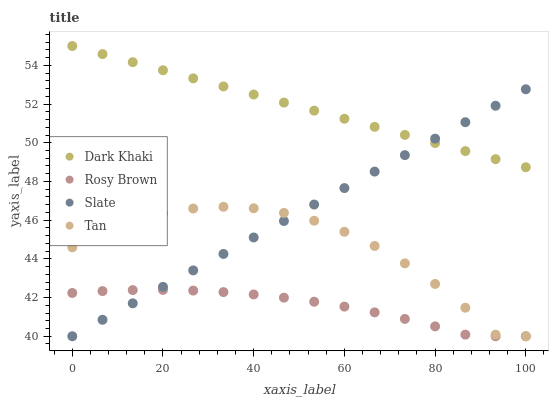
| xaxis_label | Dark Khaki | Rosy Brown | Slate | Tan |
 | --- | --- | --- | --- | --- |
 | 0 | 55 | 42.2 | 40 | 44.6 |
 | 6.67 | 54.6 | 42.3 | 40.9 | 45.3 |
 | 13.3 | 54.2 | 42.4 | 41.7 | 45.9 |
 | 20 | 53.7 | 42.4 | 42.6 | 46.3 |
 | 26.7 | 53.3 | 42.4 | 43.4 | 46.6 |
 | 33.3 | 52.9 | 42.3 | 44.3 | 46.7 |
 | 40 | 52.5 | 42.2 | 45.1 | 46.6 |
 | 46.7 | 52.1 | 42 | 46 | 46.4 |
 | 53.3 | 51.7 | 41.8 | 46.8 | 46 |
 | 60 | 51.2 | 41.5 | 47.7 | 45.4 |
 | 66.7 | 50.8 | 41.2 | 48.5 | 44.7 |
 | 73.3 | 50.4 | 40.9 | 49.4 | 43.8 |
 | 80 | 50 | 40.5 | 50.2 | 42.7 |
 | 86.7 | 49.6 | 40.1 | 51.1 | 41.5 |
 | 93.3 | 49.2 | 40 | 51.9 | 40.1 |
 | 100 | 48.7 | 40 | 52.8 | 40 |